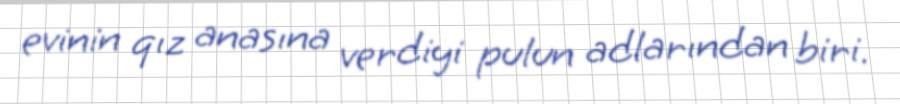
evinin qız anasına verdiyi pulun adlarından biri.